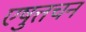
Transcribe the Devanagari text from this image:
एषुत्तचन